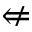
\nLeftarrow